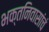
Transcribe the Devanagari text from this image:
भक्तनिवासांचं